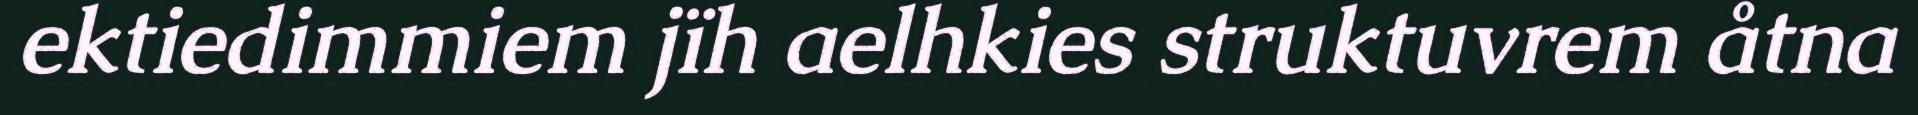
ektiedimmiem jïh aelhkies struktuvrem åtna